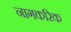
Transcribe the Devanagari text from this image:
नागकरिक